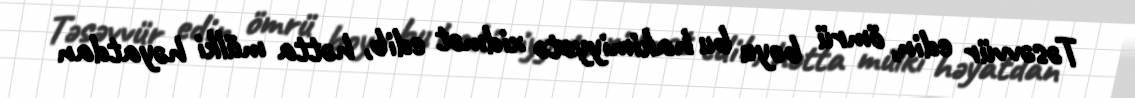
Təsəvvür edin, ömrü boyu bu hakimiyyətə xidmət edib, hətta mülki həyatdan